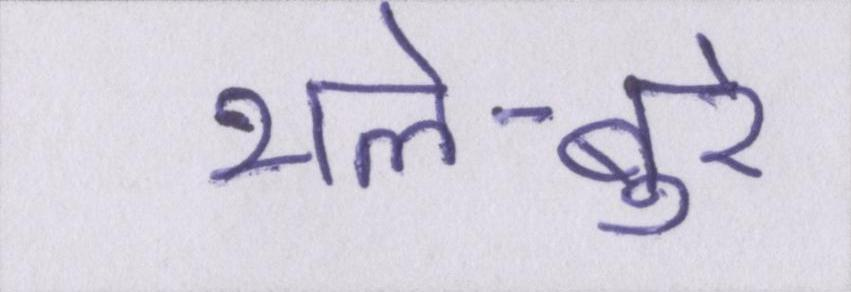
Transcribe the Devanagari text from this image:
भले-बुरे